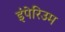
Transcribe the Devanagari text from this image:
इंपेरिउम